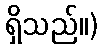
ရှိသည်။)